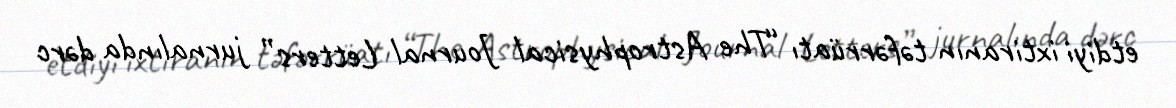
etdiyi ixtiranın təfərrüatı “The Astrophysical Journal Letters” jurnalında dərc